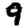
Digit: 9